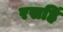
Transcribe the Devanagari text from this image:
रसहिं